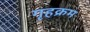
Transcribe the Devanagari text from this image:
गृहक्रम